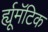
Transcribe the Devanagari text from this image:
र्ह्यूमॅटिक